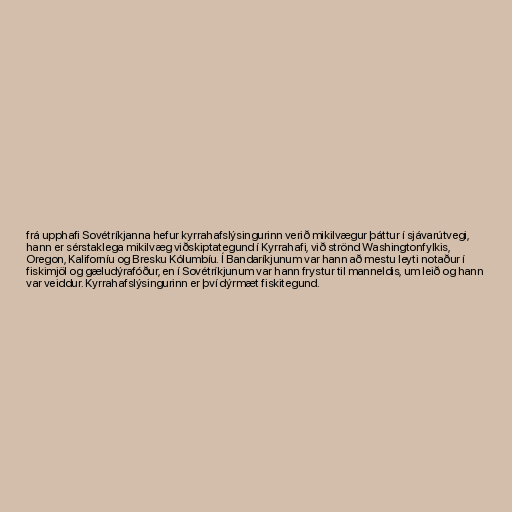
frá upphafi Sovétríkjanna hefur kyrrahafslýsingurinn verið mikilvægur þáttur í sjávarútvegi,
hann er sérstaklega mikilvæg viðskiptategund í Kyrrahafi, við strönd Washingtonfylkis,
Oregon, Kaliforníu og Bresku Kólumbíu. Í Bandaríkjunum var hann að mestu leyti notaður í
fiskimjöl og gæludýrafóður, en í Sovétríkjunum var hann frystur til manneldis, um leið og hann
var veiddur. Kyrrahafslýsingurinn er því dýrmæt fiskitegund.